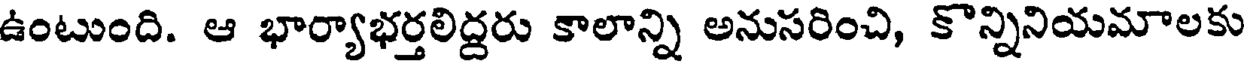
ఉంటుంది. ఆ భార్యాభర్తలిద్దరు కాలాన్ని అనుసరించి, కొన్నినియమాలకు